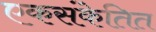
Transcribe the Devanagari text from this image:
एकसंकेतित